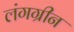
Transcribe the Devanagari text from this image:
लंगग्रीन